Indian Medical Review
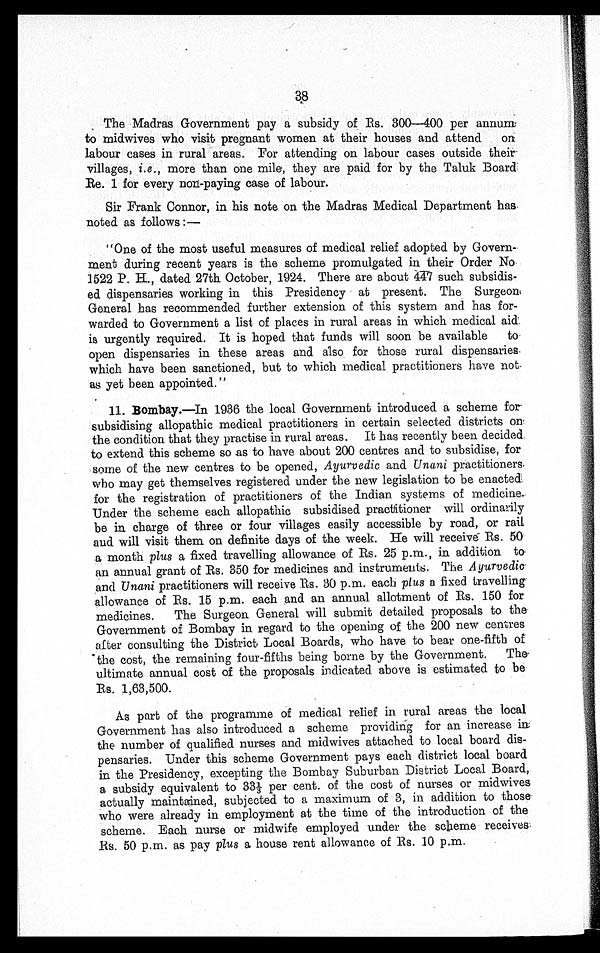
The Madras Government pay a subsidy of Rs. 300- 400 per annum
to midwives who visit pregnant women at their houses and attend on
labour cases in rural areas. For attending on labour cases outside their
vi l l a ge s , i . e . , mor e t ha n one mi l e , t he y a r e pa i d f or by t he Ta l uk Boa r d
Re. 1 for every non-paying case of labour.
Sir Frank Connor, in his note on the Madras Medical Department has
noted as follows :—
"One of the most useful measures of medical relief adopted by Govern-
ment during recent years is the scheme promulgated in their Order No.
1522 P. H., dated 27th October, 1924. There are about 447 such subsidis-
ed dispensaries working in this Presidency at present. The Surgeon
General has recommended further extension of this system and has for-
warded to Government a list of places in rural areas in which medical aid
is urgently required. It is hoped that funds will soon be available to
open dispensaries in these areas and also for those rural dispensaries
which have been sanctioned, but to which medical practitioners have not
as yet been appointed."
11. Bombay.—In 1936 the local Government introduced a scheme for
subsidising allopathic medical practitioners in certain selected districts on
the condition that they practise in rural areas. It has recently been decided
to extend this scheme so as to have about 200 centres and to subsidise, for
some of the new centres to be opened, Ayurvedic and Unani practitioners.
who may get themselves registered under the new legislation to be enacted
for the registration of practitioners of the Indian systems of medicine.
Under the scheme each allopathic subsidised practitioner will ordinarily
be in. charge of three or four villages easily accessible by road, or rail
and will visit them on definite days of the week. He will receivé Rs. 50
a month plus a fixed travelling allowance of Rs. 25 p.m., in addition to
an annual grant of Rs. 350 for medicines and instruments. The Ayurvedic
and Unani practitioners will receive Rs. 30 p.m. each plus a fixed travelling
allowance of Rs. 15 p.m. each and an annual allotment of Rs. 150 for
medicines. The Surgeon General will submit detailed proposals to the
Government of Bombay in regard to the opening of the 200 new centres
after consulting the District Local Boards, who have to bear one-fifth of
the cost, the remaining four-fifths being borne by the Government. The
ultimate annual cost of the proposals indicated above is estimated to be
Rs. 1,63,500.
As part of the programme of medical relief in rural areas the local
Government has also introduced a scheme providing for an increase in
the number of qualified nurses and midwives attached to local board dis-
pensaries. Under this scheme Government pays each district local board
in the Presidency, excepting the Bombay Suburban District Local Board,
a subsidy equivalent to 33⅓ per cent. of the cost of nurses or midwives
actually maintained, subjected to a maximum of 3, in addition to those
who were already in employment at the time of the introduction of the
scheme. Each nurse or midwife employed under the scheme receives
Rs. 50 p.m. as pay plus a house rent allowance of Rs. 10 p.m.